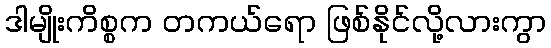
ဒါမျိုးကိစ္စက တကယ်ရော ဖြစ်နိုင်လို့လားကွာ